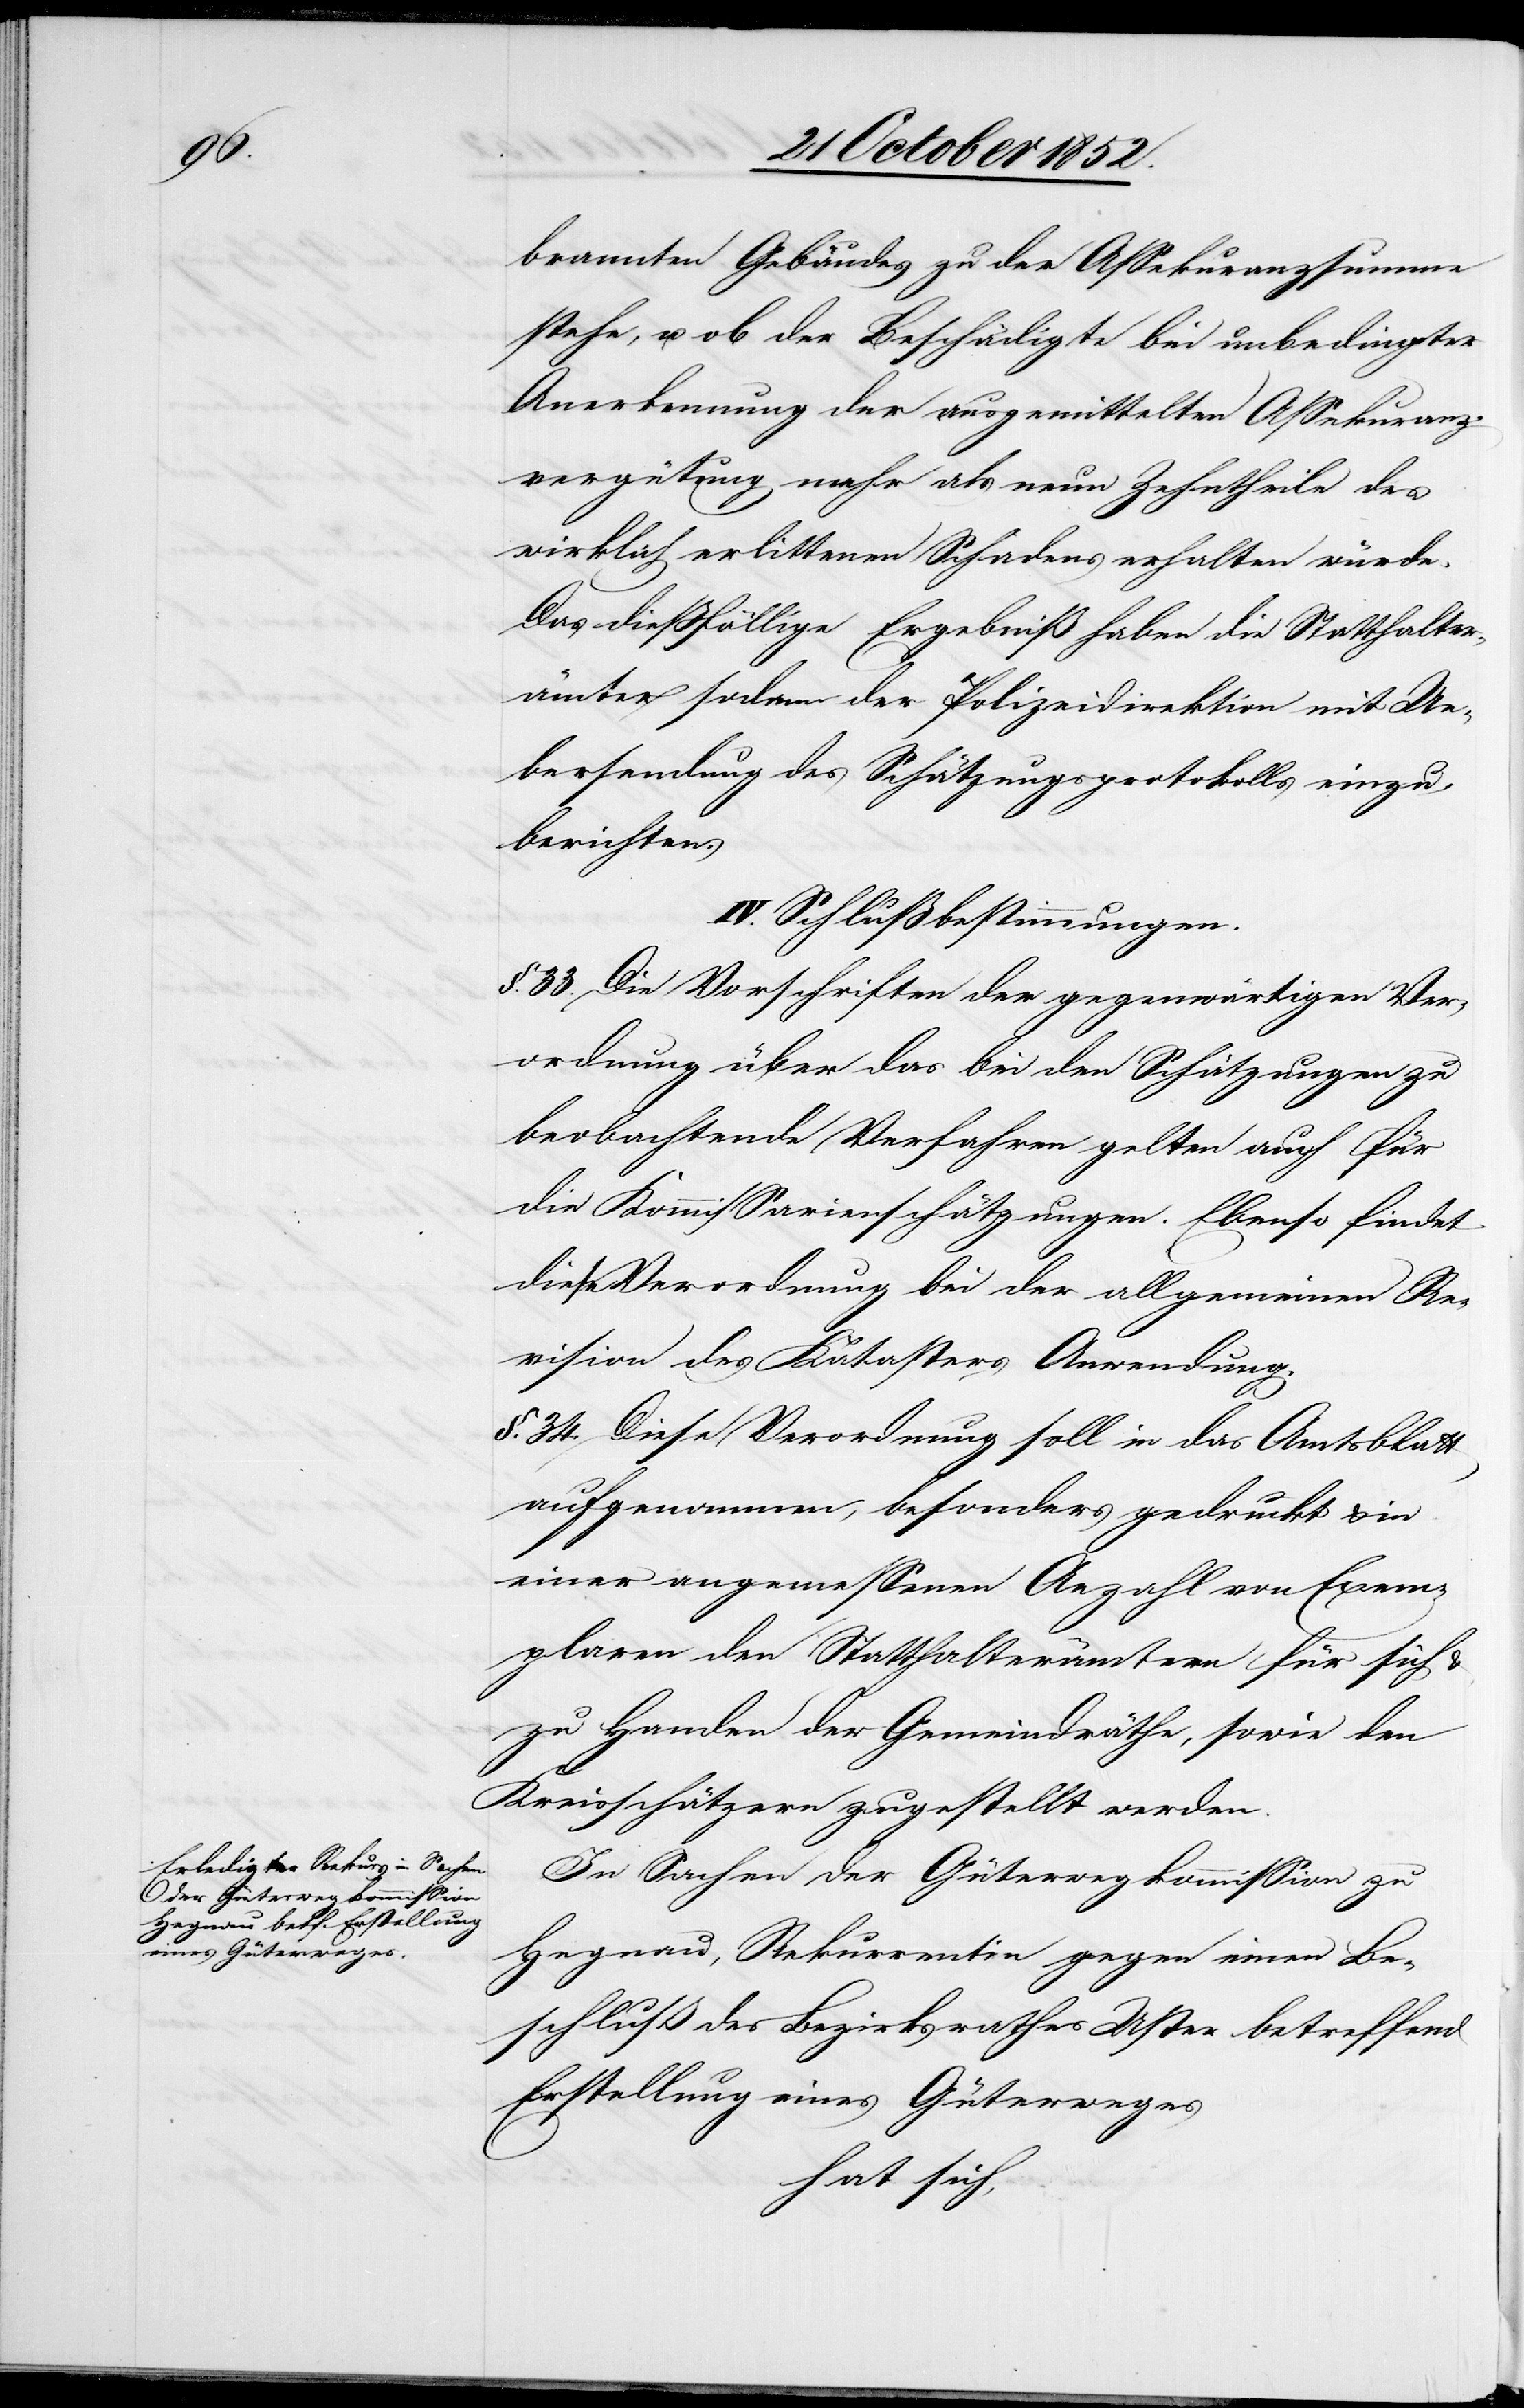
brannten Gebäudes zu der Assekuranzsumme
stehe, u. ob der Beschädigte bei unbedingter
Anerkennung der ausgemittelten Assekuranz¬
vergütung mehr als neun Zehntheile des
wirklich erlittenen Schadens erhalten würde.
Das dießfällige Ergebniß haben die Statthalter¬
ämter sodann der Polizeidirektion mit Ue¬
bersendung des Schätzungsprotokolls einzu¬
berichten.
IV. Schlußbestimmungen.
§. 33. Die Vorschriften der gegenwärtigen Ver¬
ordnung über das bei den Schätzungen zu
beobachtende Verfahren gelten auch für
die Kommissarienschätzungen. Ebenso findet
diese Verordnung bei der allgemeinen Re¬
vision des Katasters Anwendung.
§. 34. Diese Verordnung soll in das Amtsblatt
aufgenommen, besonders gedruckt & in
einer angemessenen Anzahl von Exem¬
plaren den Statthalterämtern für sich
zu Handen der Gemeindräthe, sowie den
Kreisschätzern zugestellt werden.
In Sachen der Güterwegkommission zu
Hegnau, Rekurrentin gegen einen Be¬
schluß des Bezirksrathes Uster betreffend
Erstellung eines Güterweges
hat sich,